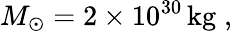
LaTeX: M_{\odot}=2\times 10^{30}\, \mathrm{kg}\; ,